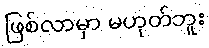
ဖြစ်လာမှာ မဟုတ်ဘူး